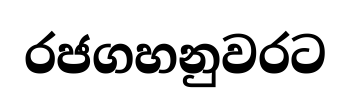
රජගහනුවරට